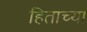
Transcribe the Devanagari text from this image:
हिताच्‍या